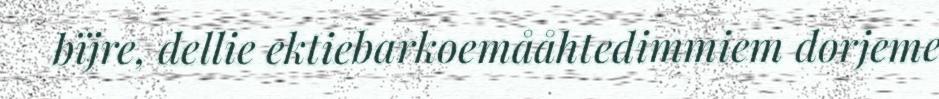
bïjre, dellie ektiebarkoemååhtedimmiem dorjeme